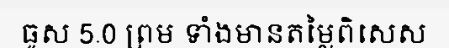
ធូស 5.0 ព្រម ទាំងមានតម្លៃពិសេស